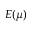
E Ḍ ( \mu )